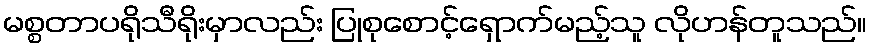
မစ္စတာပရိုသီရိုးမှာလည်း ပြုစုစောင့်ရှောက်မည့်သူ လိုဟန်တူသည်။